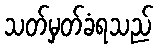
သတ်မှတ်ခံရသည်